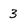
Character: 3